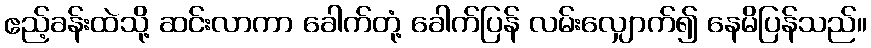
ဧည့်ခန်းထဲသို့ ဆင်းလာကာ ခေါက်တုံ့ ခေါက်ပြန် လမ်းလျှောက်၍ နေမိပြန်သည်။